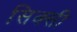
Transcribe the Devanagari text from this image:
सिक्सी